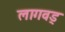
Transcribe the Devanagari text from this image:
लागवड्